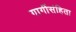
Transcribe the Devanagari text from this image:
गार्गीसंहिता